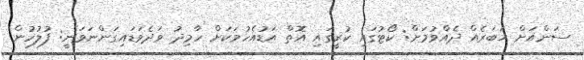
ސަންއަށް ޚަބަރެއް ދެއްވުމަށް: ކޯޓުގައި ކުރީގައި އޮތް އަޑުއެހުމަކަށް ހާމިދު ވަދެވަޑައިގަންނަވަނީ: ފުލުހުން